Report on vaccination in Madras 1922-1929 - 1922-1929
Year: 1922
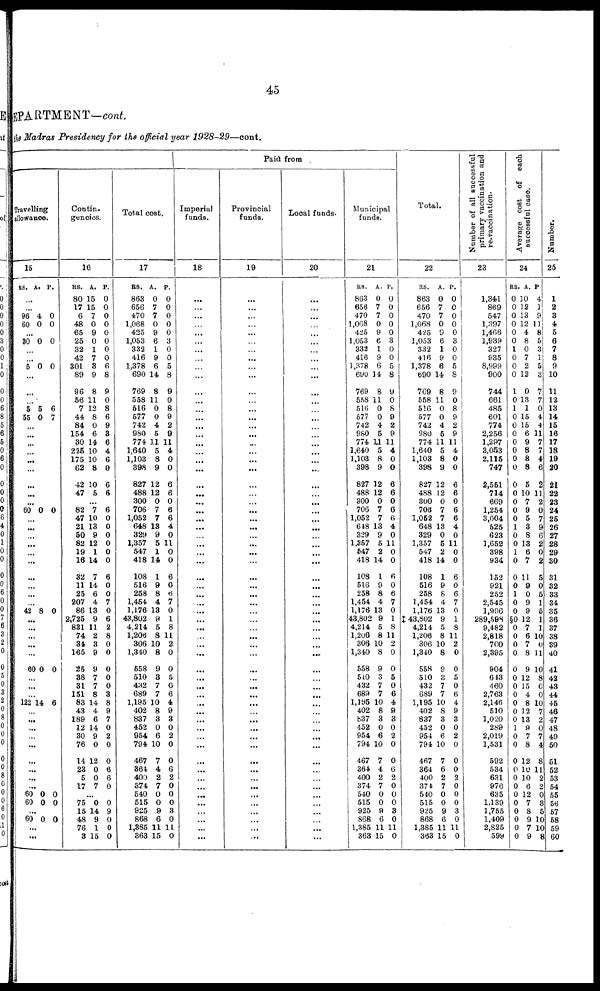
45
DEPARTMENT—cont.
the Madras Presidency for the official year 1928-29—cont.
Travelling
allowance.
15
RS. A. P.
...
...
96
60
4
0
0
0
...
30 0 0
...
...
5 0 0
...
...
...
5
55
5
0
6
7
...
...
...
...
...
...
...
...
...
60 0 0
...
...
...
...
...
...
...
...
...
...
42 8 0
...
...
...
...
...
60 0 0
...
...
...
122 14 6
...
...
...
...
...
...
...
...
...
60
60
0
0
0
0
...
60 0 0
...
...
Contin¬
gencies.
16
RS.
80
17
6
48
65
25
32
42
301
89
96
56
7
44
84
154
30
225
175
62
42
47
A.
15
15
7
0
9
0
1
7
3
9
8
11
12
8
0
6
14
10
10
8
10
5
P.
0
0
0
0
0
0
0
0
6
8
9
0
8
6
9
3
6
4
6
0
6
6
...
82
47
21
50
82
19
16
32
11
25
207
86
2,725
831
74
34
165
25
38
31
151
83
43
189
12
30
76
14
23
5
17
7
10
13
9
12
1
14
7
14
6
4
13
9
11
2
3
9
9
7
7
8
14
4
6
14
9
0
12
0
0
7
6
0
0
0
0
0
0
6
0
0
7
0
6
2
8
0
0
0
0
0
3
8
9
7
0
2
0
0
6
6
0
...
75
15
48
76
8
0
14
9
1
15
0
9
0
0
0
Total cost.
17
RS.
863
656
470
1,068
425
1,053
332
416
1,378
690
769
558
516
577
742
980
774
1,640
1,103
398
827
488
300
706
1,052
648
329
1,357
547
418
108
516
258
1,454
1,176
43,802
4,214
1,206
306
1,340
558
510
432
689
1,195
402
837
452
954
794
467
364
400
374
540
515
925
868
1,385
363
A.
0
7
7
0
9
6
1
9
6
14
8
11
0
0
4
5
11
5
8
9
12
12
0
7
7
13
9
5
1
14
1
9
8
4
13
9
5
8
10
8
9
3
7
7
10
8
3
0
6
10
7
4
2
7
0
0
9
6
11
15
P.
0
0
0
0
0
3
0
0
5
8
9
0
8
9
2
9
11
4
0
0
6
6
0
6
6
4
0
11
0
0
6
0
6
7
0
1
8
11
2
0
0
5
0
6
4
9
3
0
2
0
0
6
2
0
0
0
3
0
11
0
Paid from
Imperial
funds.
18
...
...
...
...
...
...
...
...
...
...
...
...
...
...
...
...
...
...
...
...
...
...
...
...
...
...
...
...
...
...
...
...
...
...
...
...
...
...
...
...
...
...
...
...
...
...
...
...
...
...
...
...
...
...
...
...
...
...
...
...
Provincial
funds.
19
...
...
...
...
...
...
...
...
...
...
...
...
...
...
...
...
...
...
...
...
...
...
...
...
...
...
...
...
...
...
...
...
...
...
...
...
...
...
...
...
...
...
...
...
...
...
...
...
...
...
...
...
...
...
...
...
...
...
...
...
Local funds.
20
...
...
...
...
...
...
...
...
...
...
...
...
...
...
...
...
...
...
...
...
...
...
...
...
...
...
...
...
...
...
...
...
...
...
...
...
...
...
...
...
...
...
...
...
...
...
...
...
...
...
...
...
...
...
...
...
...
...
...
...
Municipal
funds.
21
RS.
863
656
470
1,068
425
1,053
332
416
1,378
690
769
558
516
577
742
980
774
1,640
1,103
398
827
488
300
706
1,052
648
329
1,357
547
418
108
516
258
1,454
1,176
43,802
4,214
1,206
306
1,340
558
510
432
689
1,195
402
837
452
954
794
467
364
400
374
540
515
925
868
1,385
363
A.
0
7
7
0
9
6 1
9
6
14
8
11
0
0
4
5
11
5
8
9
12
12
0
7
7
13
9
5
2
14
1
9
8
4
13
9
5
8
10
8
9
3
7
7
10
8
3
0
6
10
7
4
2
7
0
0
9
6
11
15
P.
0
0
0
0
0
3
0
0
5
8
9
0
8
9
2
9
11
4
0
0
6
6
0
6
6
4
0
11
0
0
6
0
6
7
0
1
8
11
2
0
0
5
0
6
4
9
3
0
2
0
0
6
2
0
0
0
3
0
11
0
Total.
22
RS.
863
656
470
1,068
425
1,053
332
416
1,378
690
769
558
516
577
742
980
774
1,640
1,103
398
827
488
300
706
1,052
648
329
1,357
547
418
108
516
258
1,454
1,176
‡ 43,802
4,214
1,206
306
1,340
558
510
432
689
1,195
402
837
452
954
794
467
364
400
374
540
515
925
868
1,385
363
A.
0
7
7
0
9
6
1
9
6
14
8
11
0
0
4
5
11
5
8
9
12
12
0
7
7
13
0
5
2
14
1
9
8
4
13
9
5
8
10
8
9
3
7
7
10
8
3
0
6
10
7
6
2
7
0
0
9
6
11
15
P.
0
0
0
0
0
3
0
0
5
8
9
0
8
9
2
9
11
4
0
0
6
6
0
6
6
4
0
11
0
0
6
0
6
7
0
1
8
11
2
0
0
5
0
6
4
9
3
0
2
0
0
0
2
0
0
0
3
0
11
0
Number of all successful
primary vaccination and
re-vaccination.
23
1,341
869
547
1,397
1,466
1,939
327
935
8,999
900
744
661
485
601
774
2,256
1,297
3,053
2,115
747
2,551
714
669
1,254
3,004
525
623
1,652
398
934
152
921
252
2,545
1,996
289,598
9,482
2,818
700
2,395
904
643
460
2,763
2,146
510
1,020
289
2,019
1,531
592
534
631
976
635
1,139
1,755
1,409
2,825
599
Average cost of each
successful case.
24
RS
0
0
0
0
0
0
1
0
0
0
1
0
1
0
0
0
0
0
0
0
0
0
0
0
0
1
0
0
1
0
0
0
1
0
0
§0
0
0
0
0
0
0
0
0
0
0
0
1
0
0
0
0
0
0
0
0
0
0
0
0
A.
10
12
13
12
4
8
0
7
2
12
0
13
1
15
15
6
9
8
8
8
5
10
7
9
5
3
8
13
6
7
11
9
0
9
9
12
7
6
7
8
9
12
15
4
8
12
13
9
7
8
12
10
10
6
12
7
8
9
7
9
P.
4
1
9
11
8
5
3
1
5
3
7
7
0
4
4
11
7
7
4
6
2
11
2
0
7
9
6
2
0
2
5
0
5
1
5
1
1
10
0
11
10
8
0
0
10
7
2
0
7
4
8
11
2
2
0
3
6
10
10
8
Number.
25
1
2
3
4
5
6
7
8
9
10
11
12
13
14
15
16
17
18
19
20
21
22
23
24
25
26
27
28
29
30
31
32
33
34
35
36
37
38
39
40
41
42
43
44
45
46
47
48
49
50
51
52
53
54
55
56
57
58
59
60